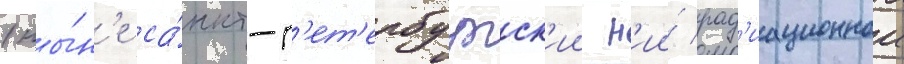
(ны́н'е са́нкт-п'ет'ербургск'ии н'ии́ рад'иационнои